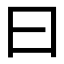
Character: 曰